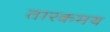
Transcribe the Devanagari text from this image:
तारकमय